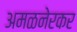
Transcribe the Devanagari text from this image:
अमळनेरकर